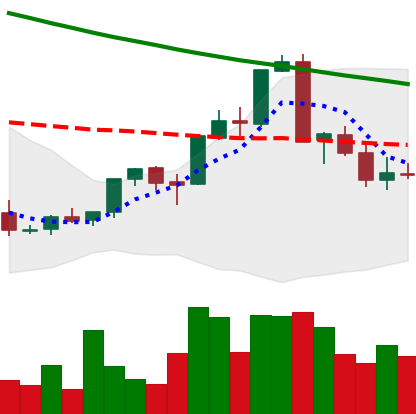
Ticker: XMR-USD
Chart end date: 2018-09-10
Forward return: 13.017%
Label: up_7plus